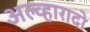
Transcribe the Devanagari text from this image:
अल्व्हारादो